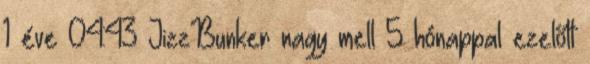
1 éve 04:43 JizzBunker nagy mell 5 hónappal ezelőtt